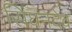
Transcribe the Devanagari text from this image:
सिंघनदेव